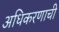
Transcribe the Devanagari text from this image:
अधिकरणाची